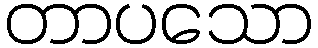
တာပသော